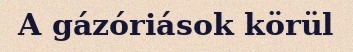
A gázóriások körül